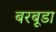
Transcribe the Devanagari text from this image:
बरबूडा